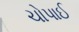
ચોપાઈ